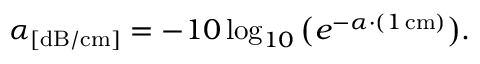
\alpha _ { [ \mathrm { d B / c m } ] } = - 1 0 \log _ { 1 0 } \big ( e ^ { - \alpha \cdot ( 1 \, \mathrm { c m } ) } \big ) .